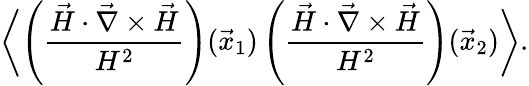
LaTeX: \biggl\langle\left(\frac{\vec{H}\cdot\vec{\nabla}\times\vec{H}}{H^{2}}\right)(\vec{x}_{1})\left(\frac{\vec{H}\cdot\vec{\nabla}\times\vec{H}}{H^{2}}\right)(\vec{x}_{2})\biggr\rangle.